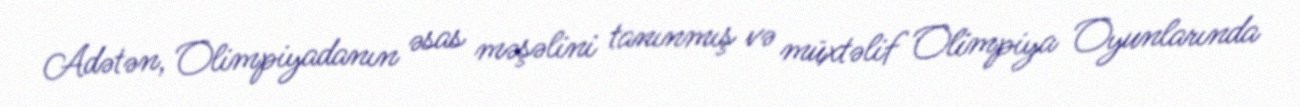
Adətən, Olimpiyadanın əsas məşəlini tanınmış və müxtəlif Olimpiya Oyunlarında